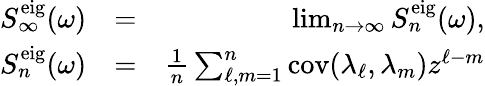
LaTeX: \begin{array}{rlr}{S_{\infty}^{\mathrm{eig}}(\omega)}&{=}&{\operatorname*{lim}_{n\rightarrow\infty}S_{n}^{\mathrm{eig}}(\omega),}\\ {S_{n}^{\mathrm{eig}}(\omega)}&{=}&{\frac{1}{n}\sum_{\ell,m=1}^{n}\mathrm{cov}(\lambda_{\ell},\lambda_{m})z^{\ell-m}}\end{array}